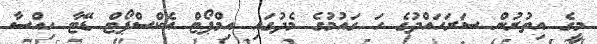
މީގެ އިތުރުން ސަރަހައްދުގެ ހަ ގައުމުގެ މެދުގައި އިމްޕޯޓް އެކްސްޕޯޓް ޑޭޓާ ހިއްސާ